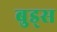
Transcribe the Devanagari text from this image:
बुड्‌स